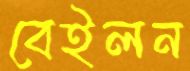
বেইলন